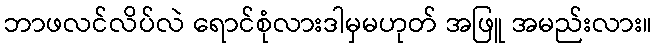
ဘာဖလင်လိပ်လဲ ရောင်စုံလားဒါမှမဟုတ် အဖြူ အမည်းလား။